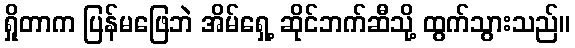
ရှိုတာက ပြန်မဖြေဘဲ အိမ်ရှေ့ ဆိုင်ဘက်ဆီသို့ ထွက်သွားသည်။